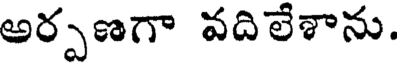
అర్పణగా వదిలేశాను.